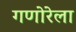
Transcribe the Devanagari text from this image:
गणोरेला